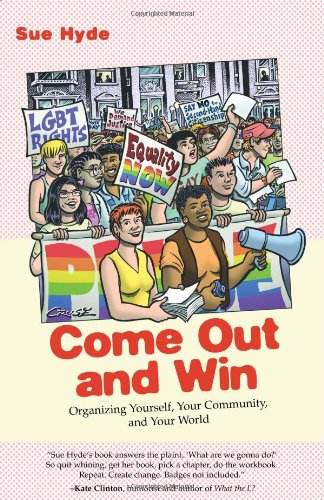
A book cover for Come Out and Win: Organizing Yourself, Your Community, and Your World (Queer Ideas/Queer Action); Sue Hyde; Gay & Lesbian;